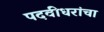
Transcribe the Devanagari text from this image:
पदवीधरांचा